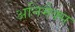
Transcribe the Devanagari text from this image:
अनिमैक्स